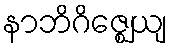
နာဘိဂိဇ္ဈေယျ